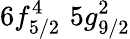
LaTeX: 6f_{5/2}^{4}\, \, 5g_{9/2}^{2}